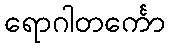
ရောဂါတင်္ကော